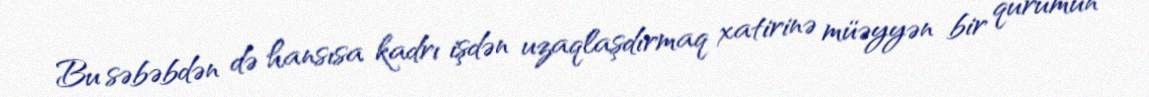
Bu səbəbdən də hansısa kadrı işdən uzaqlaşdırmaq xatirinə müəyyən bir qurumun